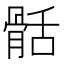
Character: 䯏